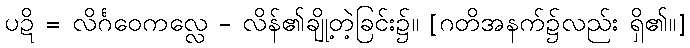
ပဍိ = လိင်္ဂဝေကလ္လေ - လိန်၏ချို့တဲ့ခြင်း၌။ [ဂတိအနက်၌လည်း ရှိ၏။]